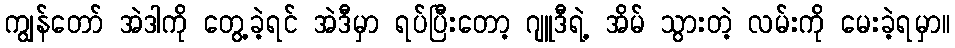
ကျွန်တော် အဲဒါကို တွေ့ခဲ့ရင် အဲဒီမှာ ရပ်ပြီးတော့ ဂျူဒီရဲ့ အိမ် သွားတဲ့ လမ်းကို မေးခဲ့ရမှာ။